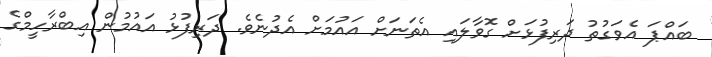
ބައްޕަ އެވަގުތު ދަރިފުޅަށް ގޮވާލައި އެތަނަށް އައުމަށް އެދުނެވެ. ދަރިފުޅު އައުމުން އިބްރާހީމްގެ